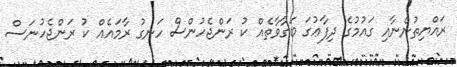
ރައްޔިތުންނާއި ގައުމުގެ ދިފާޢުގަ ބަގާވާތެއް ކު ރަންޖެހުންސް ހަނގު ރާމައެއް ކު ރަންޖެހުނަސް